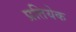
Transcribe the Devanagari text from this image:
प्रतियेक